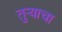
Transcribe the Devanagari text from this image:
तुऱ्याचा